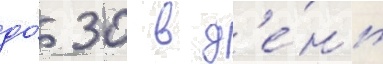
до́ 30 в д'е́нь